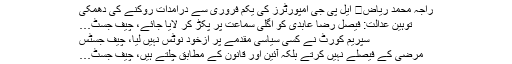
راجہ محمد ریاض	 ایل پی جی امپورٹرز کی یکم فروری سے درآمدات روکنے کی دھمکی
توہین عدالت: فیصل رضا عابدی کو اگلی سماعت پر پکڑ کر لایا جائے، چیف جسٹ…
سپریم کورٹ نے کسی سیاسی مقدمے پر ازخود نوٹس نہیں لیا، چیف جسٹس
مرضی کے فیصلے نہیں کرتے بلکہ آئین اور قانون کے مطابق چلتے ہیں، چیف جسٹ…